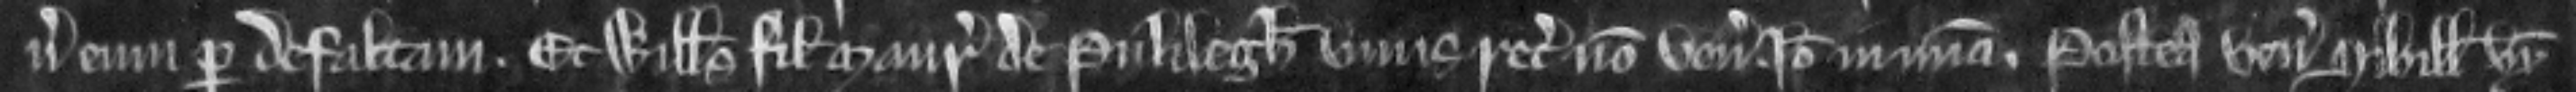
uersus eum per defaltam. Et Willelmus filius Mauricii de Pulilegh vnus recognitur non venit. Ideo in misericordia. Postea venit Sibilla uxor